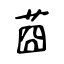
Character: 莔